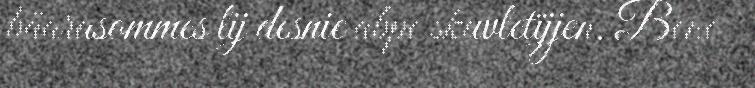
båarasommes lij desnie abpe skuvletïjjen. Bene